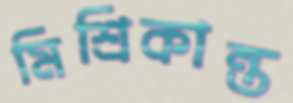
মিশ্রিকান্ত